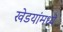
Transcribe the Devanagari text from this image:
खेडयांमध्ये